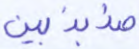
مذبذبين